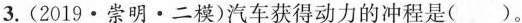
3.(2019·崇明·二模)汽车获得动力的冲程是()。